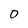
Character: 0